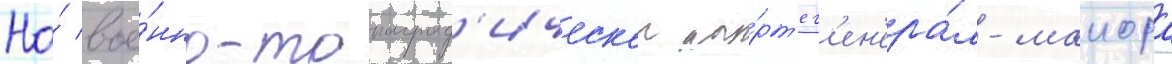
На́ вое́нно-топограф'ическои ка́рт'е г'ен'ера́л-маиора